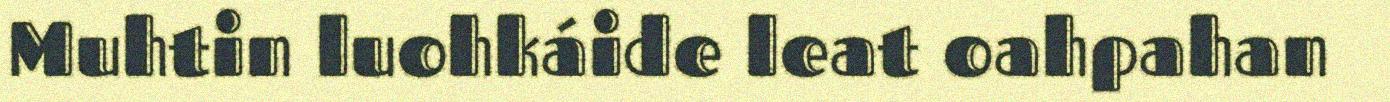
Muhtin luohkáide leat oahpahan